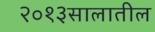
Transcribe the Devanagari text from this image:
२०१३सालातील